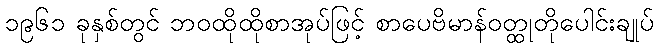
၁၉၆၁ ခုနှစ်တွင် ဘဝထိုထိုစာအုပ်ဖြင့် စာပေဗိမာန်ဝတ္ထုတိုပေါင်းချုပ်